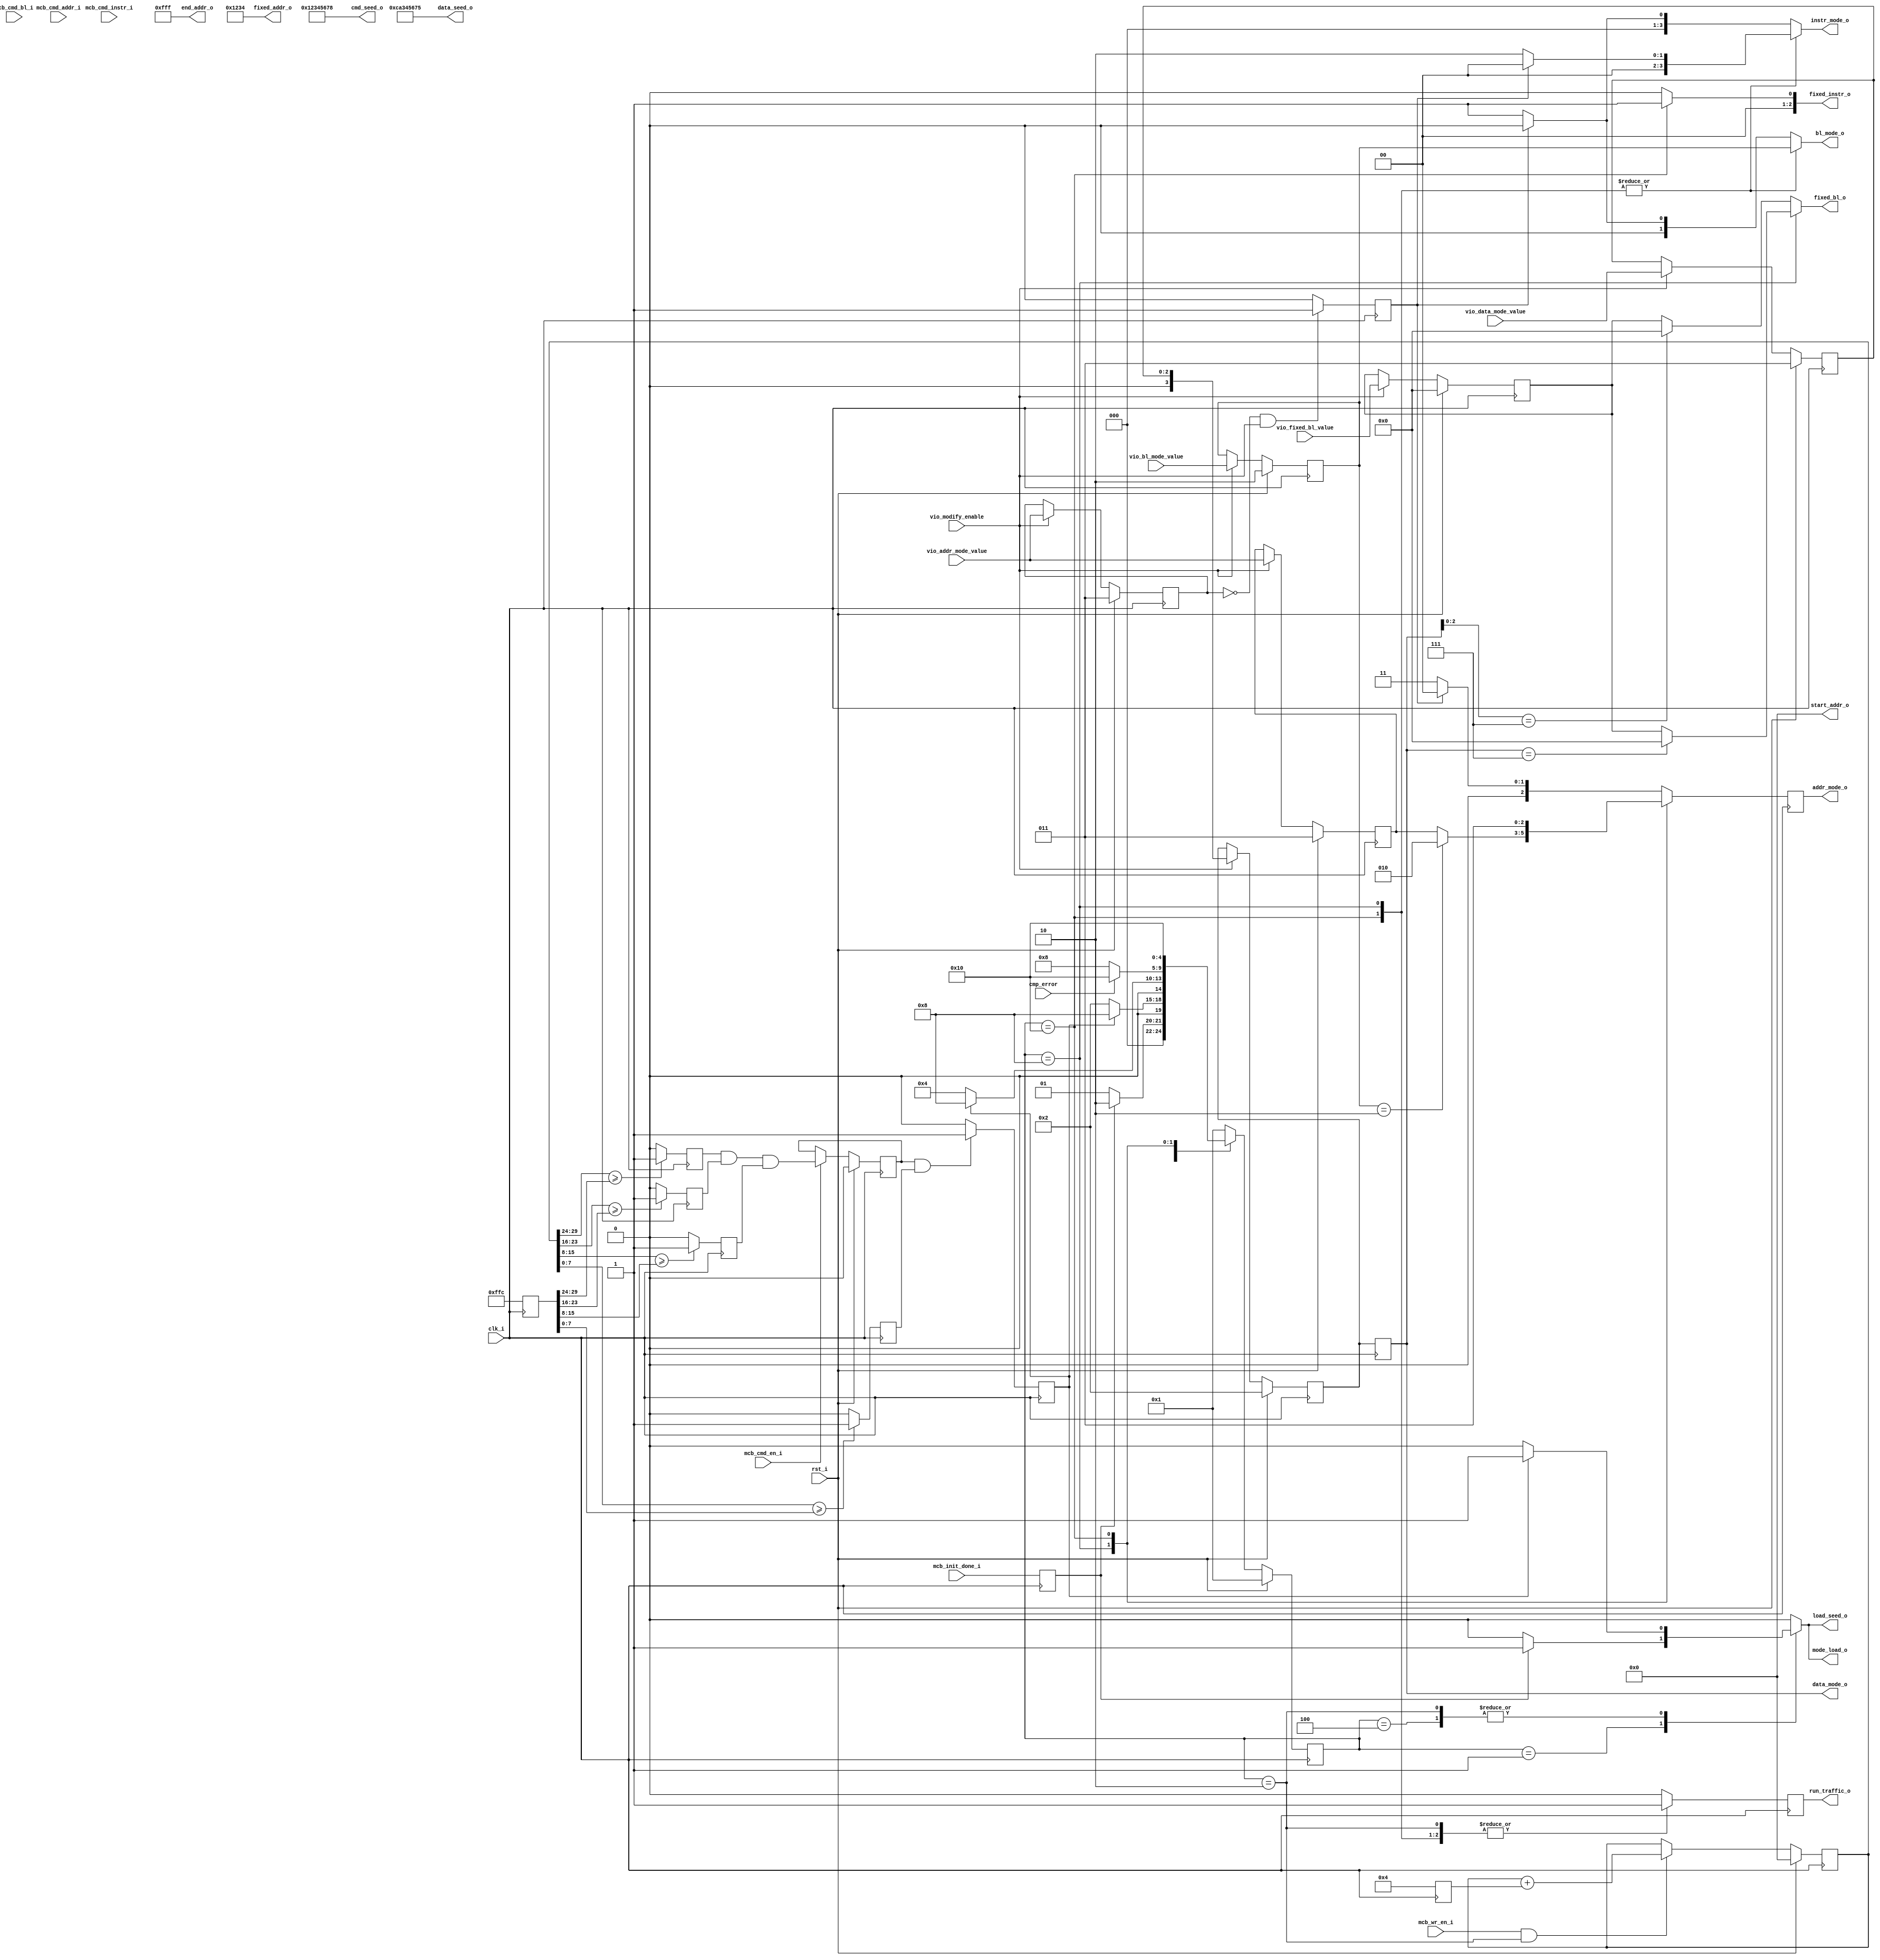
//*****************************************************************************
// (c) Copyright 2008-2009 Xilinx, Inc. All rights reserved.
//
// This file contains confidential and proprietary information
// of Xilinx, Inc. and is protected under U.S. and
// international copyright and other intellectual property
// laws.
//
// DISCLAIMER
// This disclaimer is not a license and does not grant any
// rights to the materials distributed herewith. Except as
// otherwise provided in a valid license issued to you by
// Xilinx, and to the maximum extent permitted by applicable
// law: (1) THESE MATERIALS ARE MADE AVAILABLE "AS IS" AND
// WITH ALL FAULTS, AND XILINX HEREBY DISCLAIMS ALL WARRANTIES
// AND CONDITIONS, EXPRESS, IMPLIED, OR STATUTORY, INCLUDING
// BUT NOT LIMITED TO WARRANTIES OF MERCHANTABILITY, NON-
// INFRINGEMENT, OR FITNESS FOR ANY PARTICULAR PURPOSE; and
// (2) Xilinx shall not be liable (whether in contract or tort,
// including negligence, or under any other theory of
// liability) for any loss or damage of any kind or nature
// related to, arising under or in connection with these
// materials, including for any direct, or any indirect,
// special, incidental, or consequential loss or damage
// (including loss of data, profits, goodwill, or any type of
// loss or damage suffered as a result of any action brought
// by a third party) even if such damage or loss was
// reasonably foreseeable or Xilinx had been advised of the
// possibility of the same.
//
// CRITICAL APPLICATIONS
// Xilinx products are not designed or intended to be fail-
// safe, or for use in any application requiring fail-safe
// performance, such as life-support or safety devices or
// systems, Class III medical devices, nuclear facilities,
// applications related to the deployment of airbags, or any
// other applications that could lead to death, personal
// injury, or severe property or environmental damage
// (individually and collectively, "Critical
// Applications"). Customer assumes the sole risk and
// liability of any use of Xilinx products in Critical
// Applications, subject only to applicable laws and
// regulations governing limitations on product liability.
//
// THIS COPYRIGHT NOTICE AND DISCLAIMER MUST BE RETAINED AS
// PART OF THIS FILE AT ALL TIMES.
//
//*****************************************************************************
//   ____  ____
//  /   /\/   /
// /___/  \  /    Vendor: Xilinx
// \   \   \/     Version: %version
//  \   \         Application: MIG
//  /   /         Filename: init_mem_pattern_ctr.v
// /___/   /\     Date Last Modified: $Date: 2010/11/26 18:25:40 $
// \   \  /  \    Date Created: Fri Sep 01 2006
//  \___\/\___\
//
//Device: Spartan6
//Design Name: DDR/DDR2/DDR3/LPDDR 
//Purpose: This moduel has a small FSM to control the operation of 
//         mcb_traffic_gen module.It first fill up the memory with a selected 
//         DATA pattern and then starts the memory testing state.
//Reference:
//Revision History: 1.1 Modify to allow data_mode_o to be controlled by parameter DATA_MODE
//                      and the fixed_bl_o is fixed at 64 if data_mode_o == PRBA and FAMILY == "SPARTAN6"
//                      The fixed_bl_o in Virtex6 is determined by the MEM_BURST_LENGTH.
//                  1.2 10-1-2009 Added parameter TST_MEM_INSTR_MODE to select instruction pattern during 
//                      memory testing phase.	   
//                  1.3    05/19/2010 If MEM_BURST_LEN value is passed with value of zero, it is treated as
//                                    "OTF" Burst Mode and TG will only generate BL 8 traffic.


//*****************************************************************************

`timescale 1ps/1ps





module init_mem_pattern_ctr #
  (
   parameter TCQ           = 100,  
   parameter FAMILY         = "SPARTAN6",      // VIRTEX6, SPARTAN6
   parameter TST_MEM_INSTR_MODE = "R_W_INSTR_MODE", // Spartan6 Available commands: 
                                                    // "FIXED_INSTR_R_MODE", "FIXED_INSTR_W_MODE"
                                                    // "R_W_INSTR_MODE", "RP_WP_INSTR_MODE 
                                                    // "R_RP_W_WP_INSTR_MODE", "R_RP_W_WP_REF_INSTR_MODE"
                                                    // Virtex 6 Available commands:
                                                    // "FIXED_INSTR_R_MODE" - Only Read commands will be generated.
                                                    // "FIXED_INSTR_W_MODE" -- Only Write commands will be generated.
                                                    // "R_W_INSTR_MODE"     - Random Read/Write commands will be generated.
   parameter MEM_BURST_LEN  = 8,                    // VIRTEX 6 Option. 
   parameter CMD_PATTERN    = "CGEN_ALL",           // "CGEN_ALL" option generates all available
                                                    // commands pattern.
   parameter BEGIN_ADDRESS  = 32'h00000000, 
   parameter END_ADDRESS  = 32'h00000fff,   
   parameter ADDR_WIDTH     = 30,
   parameter DWIDTH        = 32,
   parameter CMD_SEED_VALUE   = 32'h12345678,
   parameter DATA_SEED_VALUE  = 32'hca345675,
   parameter DATA_MODE     = 4'b0010,
   parameter PORT_MODE     = "BI_MODE", // V6 Option: "BI_MODE"; SP6 Option: "WR_MODE", "RD_MODE", "BI_MODE"
   parameter EYE_TEST      = "FALSE"  // set EYE_TEST = "TRUE" to probe memory signals.
                                      // Traffic Generator will only write to one single location and no
                                      // read transactions will be generated.
   
   )
  (
   input           clk_i,
   input           rst_i,
   
   input [ADDR_WIDTH-1:0]   mcb_cmd_addr_i,
   input [5:0]    mcb_cmd_bl_i,
   input          mcb_cmd_en_i,
   input [2:0]    mcb_cmd_instr_i,        
   input          mcb_wr_en_i,
   input          vio_modify_enable,            // 0: default to ADDR as DATA PATTERN. No runtime change in data mode.
                                                // 1: enable exteral VIO to control the data_mode pattern
                                                //    and address mode pattern during runtime.
   input [2:0]    vio_data_mode_value,
   input [2:0]    vio_addr_mode_value,
   input [1:0]    vio_bl_mode_value,
   input [5:0]    vio_fixed_bl_value,  // valid range is:  from 1 to 64.
   
   input           mcb_init_done_i,
   input           cmp_error,
   output reg          run_traffic_o,
  // runtime parameter
   output [31:0]             start_addr_o,   // define the start of address
   output [31:0]             end_addr_o,
   output [31:0]             cmd_seed_o,    // same seed apply to all addr_prbs_gen, bl_prbs_gen, instr_prbs_gen
   output [31:0]             data_seed_o,
   output  reg                  load_seed_o,   // 
   // upper layer inputs to determine the command bus and data pattern
   // internal traffic generator initialize the memory with 
   output reg [2:0]              addr_mode_o,  // "00" = bram; takes the address from bram output
                                          // "001" = fixed address from the fixed_addr input
                                          // "010" = psuedo ramdom pattern; generated from internal 64 bit LFSR
                                          // "011" = sequential
  
  
  // for each instr_mode, traffic gen fill up with a predetermined pattern before starting the instr_pattern that defined
  // in the instr_mode input. The runtime mode will be automatically loaded inside when it is in 
   output reg [3:0]              instr_mode_o, // "0000" = Fixed
                                              // "0001" = bram; takes instruction from bram output
                                              // "0010" = R/W
                                              // "0011" = RP/WP
                                              // "0100" = R/RP/W/WP
                                              // "0101" = R/RP/W/WP/REF
                                       
                                        
   output reg [1:0]              bl_mode_o,    // "00" = bram;   takes the burst length from bram output
                                        // "01" = fixed , takes the burst length from the fixed_bl input
                                        // "10" = psuedo ramdom pattern; generated from internal 16 bit LFSR
   
   output reg [3:0]              data_mode_o,   // "00" = bram; 
                                         // "01" = fixed data from the fixed_data input
                                         // "10" = psuedo ramdom pattern; generated from internal 32 bit LFSR
                                         // "11" = sequential using the addrs as the starting data pattern
   output reg                   mode_load_o,
 
   // fixed pattern inputs interface
   output reg [5:0]              fixed_bl_o,      // range from 1 to 64
   output reg [2:0]              fixed_instr_o,   //RD              3'b001
                                            //RDP             3'b011
                                            //WR              3'b000
                                            //WRP             3'b010
                                            //REFRESH         3'b100
   output  [31:0]             fixed_addr_o // only upper 30 bits will be used
   
  );

   //FSM State Defination
parameter IDLE           = 5'b00001,
          INIT_MEM_WRITE = 5'b00010,
          INIT_MEM_READ  = 5'b00100,
          TEST_MEM       = 5'b01000,
          CMP_ERROR      = 5'b10000;


localparam BRAM_ADDR       = 2'b00;
localparam FIXED_ADDR      = 2'b01;
localparam PRBS_ADDR       = 2'b10;
localparam SEQUENTIAL_ADDR = 2'b11;

localparam  BRAM_INSTR_MODE        =    4'b0000;
localparam  FIXED_INSTR_MODE         =   4'b0001;
localparam  R_W_INSTR_MODE          =   4'b0010;
localparam  RP_WP_INSTR_MODE        =   4'b0011;
localparam R_RP_W_WP_INSTR_MODE     =   4'b0100;
localparam R_RP_W_WP_REF_INSTR_MODE =   4'b0101;
                                     
localparam BRAM_BL_MODE          =   2'b00;
localparam FIXED_BL_MODE         =   2'b01;
localparam PRBS_BL_MODE          =   2'b10;

localparam BRAM_DATAL_MODE       =    4'b0000;
localparam FIXED_DATA_MODE       =    4'b0001;
localparam ADDR_DATA_MODE        =    4'b0010;                                     
localparam HAMMER_DATA_MODE      =    4'b0011;
localparam NEIGHBOR_DATA_MODE    =    4'b0100;
localparam WALKING1_DATA_MODE    =    4'b0101;
localparam WALKING0_DATA_MODE    =    4'b0110;
localparam PRBS_DATA_MODE        =    4'b0111;

// type fixed instruction
localparam  RD_INSTR       =  3'b001;
localparam  RDP_INSTR      =  3'b011;
localparam  WR_INSTR       =  3'b000;

localparam  WRP_INSTR      =  3'b010;
localparam  REFRESH_INSTR  =  3'b100;
localparam  NOP_WR_INSTR   =  3'b101;


reg [4:0] current_state;
reg [4:0] next_state;
reg       mcb_init_done_reg;
reg AC2_G_E2,AC1_G_E1,AC3_G_E3;
reg upper_end_matched;
reg [31:0] end_boundary_addr;     
reg [31:0] mcb_cmd_addr_r;

reg mcb_cmd_en_r;
//reg [ADDR_WIDTH-1:0] mcb_cmd_addr_r;
reg [5:0] mcb_cmd_bl_r;
reg lower_end_matched;   
reg end_addr_reached;
reg run_traffic;
reg bram_mode_enable;
wire tst_matched;
reg [31:0] current_address;
reg [5:0]  fix_bl_value;
reg [3:0] data_mode_sel;
reg [2:0] addr_mode_sel;
reg [1:0] bl_mode_sel;
reg [2:0] addr_mode;
reg [10:0] INC_COUNTS;
wire [5:0] FIXEDBL;
wire [3:0] test_mem_instr_mode;

assign test_mem_instr_mode = (TST_MEM_INSTR_MODE == "BRAM_INSTR_MODE")               ? 4'b0000:
                             (TST_MEM_INSTR_MODE == "FIXED_INSTR_R_MODE"  ||
                              TST_MEM_INSTR_MODE == "FIXED_INSTR_W_MODE")              ? 4'b0001:
                             (TST_MEM_INSTR_MODE == "R_W_INSTR_MODE")                                    ? 4'b0010:
                             (TST_MEM_INSTR_MODE == "RP_WP_INSTR_MODE"         && FAMILY == "SPARTAN6")  ? 4'b0011:
                             (TST_MEM_INSTR_MODE == "R_RP_W_WP_INSTR_MODE"     && FAMILY == "SPARTAN6")  ? 4'b0100:
                             (TST_MEM_INSTR_MODE == "R_RP_W_WP_REF_INSTR_MODE" && FAMILY == "SPARTAN6")  ? 4'b0101:
                             4'b0010;




assign FIXEDBL = 64; // This is fixed for current Spartan 6 Example Design














generate
if (FAMILY == "SPARTAN6" ) begin : INC_COUNTS_S
    
always @ (posedge clk_i)
    INC_COUNTS <= (DWIDTH/8);
    
end
endgenerate






generate
if (FAMILY == "VIRTEX6" ) begin : INC_COUNTS_V
always @ (posedge clk_i)
begin
if ( (DWIDTH >= 256 && DWIDTH <= 576))          // 64  144
     INC_COUNTS <= 32  ;
else if ((DWIDTH >= 128) && (DWIDTH <= 224))    // 32 dq pins or 566 dq pins
     INC_COUNTS <= 16     ;
else if ((DWIDTH == 64) || (DWIDTH == 96))      // 16 dq pins or 24 dqpins
     INC_COUNTS <= 8  ;
else if ((DWIDTH == 32) )      // 8 dq pins 
     INC_COUNTS <= 4 ;
end
end
endgenerate


always @ (posedge clk_i)
begin
if (rst_i)
    current_address <= BEGIN_ADDRESS;
else if (mcb_wr_en_i && (current_state == INIT_MEM_WRITE && (PORT_MODE == "WR_MODE" || PORT_MODE == "BI_MODE"))
         || (mcb_wr_en_i && (current_state == IDLE && PORT_MODE == "RD_MODE")) )
    current_address <= current_address + INC_COUNTS;
else
    current_address <= current_address;

end    


always @ (posedge clk_i)
begin
  if (current_address[29:24] >= end_boundary_addr[29:24])
      AC3_G_E3 <= 1'b1;
  else
      AC3_G_E3 <= 1'b0;
  
  
    if (current_address[23:16] >= end_boundary_addr[23:16])
      AC2_G_E2 <= 1'b1;
  else
      AC2_G_E2 <= 1'b0;
  
  if (current_address[15:8] >= end_boundary_addr[15:8])
      AC1_G_E1 <= 1'b1;
else
      AC1_G_E1 <= 1'b0;
  
  
end
always @(posedge clk_i)
begin
if (rst_i)
     upper_end_matched <= 1'b0;
 
 else if (mcb_cmd_en_i)
     upper_end_matched <= AC3_G_E3 & AC2_G_E2 & AC1_G_E1;
end   

wire [6:0] FIXED_BL_VALUE;
assign FIXED_BL_VALUE = (FAMILY == "VIRTEX6" && (MEM_BURST_LEN == 8 || MEM_BURST_LEN == 0)) ? 2 :
                        (FAMILY == "VIRTEX6" && MEM_BURST_LEN == 4) ? 1 :
                         FIXEDBL;

always @(posedge clk_i)
begin
//   end_boundary_addr <= (END_ADDRESS[31:0] - (DWIDTH/8)*FIXEDBL +1) ;
     end_boundary_addr <= (END_ADDRESS[31:0] - (DWIDTH/8) +1) ;

end   



always @(posedge clk_i)
begin
  if (current_address[7:0] >= end_boundary_addr[7:0])

   lower_end_matched <= 1'b1;
  else
   lower_end_matched <= 1'b0;
  
end   


always @(posedge clk_i)
begin
  if (mcb_cmd_en_i )
   mcb_cmd_addr_r <= mcb_cmd_addr_i;
end   


always @(posedge clk_i)
begin
  if (mcb_cmd_en_i)
   mcb_cmd_bl_r <= mcb_cmd_bl_i;
end   

always @(posedge clk_i)
begin
   if ((upper_end_matched && lower_end_matched && FAMILY == "SPARTAN6" && DWIDTH == 32) ||
      (upper_end_matched && lower_end_matched && FAMILY == "SPARTAN6" && DWIDTH == 64) ||   
      (upper_end_matched && DWIDTH == 128 && FAMILY == "SPARTAN6") ||
      (upper_end_matched && lower_end_matched && FAMILY == "VIRTEX6"))
      end_addr_reached <= 1'b1;
   else    
      end_addr_reached <= 1'b0;

end 

 
assign tst_matched = upper_end_matched & lower_end_matched;

assign   fixed_addr_o = 32'h00001234;



 always @ (posedge clk_i)
 begin
      mcb_init_done_reg <= mcb_init_done_i;
end

 always @ (posedge clk_i)
       run_traffic_o <= run_traffic;


 
 always @ (posedge clk_i)
 begin
    if (rst_i)
        current_state <= 5'b00001;
    else
        current_state <= next_state;
 end

   assign          start_addr_o  = BEGIN_ADDRESS;//BEGIN_ADDRESS;
   assign          end_addr_o    = END_ADDRESS;
   assign          cmd_seed_o    = CMD_SEED_VALUE;
   assign          data_seed_o   = DATA_SEED_VALUE;


reg [2:0] syn1_vio_data_mode_value;
reg [2:0] syn1_vio_addr_mode_value;


 always @ (posedge clk_i)
 begin
   if (rst_i) begin
        syn1_vio_data_mode_value <= 3'b011;
        syn1_vio_addr_mode_value <= 2'b11;
       end        
 else if (vio_modify_enable == 1'b1) begin
   syn1_vio_data_mode_value <= vio_data_mode_value;
   syn1_vio_addr_mode_value <= vio_addr_mode_value;
   end
 end
 

 always @ (posedge clk_i)
 begin
 if (rst_i) begin
       data_mode_sel <= DATA_MODE;//ADDR_DATA_MODE;
       addr_mode_sel <= 2'b11;
       end
 else if (vio_modify_enable == 1'b1) begin
       data_mode_sel <= syn1_vio_data_mode_value[2:0];
       addr_mode_sel <= vio_addr_mode_value;
       end
 end

 always @ (posedge clk_i)
 begin
 if (rst_i  || FAMILY == "VIRTEX6") 
       fix_bl_value <= FIXED_BL_VALUE;//ADDR_DATA_MODE;

 else if (vio_modify_enable == 1'b1) begin
       fix_bl_value <= vio_fixed_bl_value;
       end
 end

 always @ (posedge clk_i)
 begin
 if (rst_i || (FAMILY == "VIRTEX6")) 
      if  (FAMILY == "VIRTEX6")
         bl_mode_sel <= FIXED_BL_MODE;
      else
       bl_mode_sel <= PRBS_BL_MODE;
 else if (vio_modify_enable == 1'b1) begin
       bl_mode_sel <= vio_bl_mode_value;
       end
 end





always @ (posedge clk_i)
begin
    data_mode_o   <= data_mode_sel;
    addr_mode_o   <= addr_mode;
    
    // assuming if vio_modify_enable is enabled and vio_addr_mode_value is set to zero
    // user wants to have bram interface.
    if (syn1_vio_addr_mode_value == 0 && vio_modify_enable == 1'b1)
        bram_mode_enable <=  1'b1;
    else
        bram_mode_enable <=  1'b0;
    
 end
 

always @ (*)
begin
             load_seed_o   = 1'b0;
             if (CMD_PATTERN == "CGEN_BRAM" || bram_mode_enable )
                 addr_mode = 'b0;
             else
                 addr_mode   = SEQUENTIAL_ADDR;

             if (CMD_PATTERN == "CGEN_BRAM" || bram_mode_enable )
                 instr_mode_o = 'b0;
             else
                 instr_mode_o   = FIXED_INSTR_MODE;


             if (CMD_PATTERN == "CGEN_BRAM" || bram_mode_enable )
                 bl_mode_o = 'b0;
             else
                 bl_mode_o   = FIXED_BL_MODE;

           
             
             if (FAMILY == "VIRTEX6")
                 fixed_bl_o = FIXED_BL_VALUE;
                                                 // PRBS mode
             else if (data_mode_o[2:0] == 3'b111 && FAMILY == "SPARTAN6")
                 fixed_bl_o = 64;  // Our current PRBS algorithm wants to maximize the range bl from 1 to 64.
             else
                  fixed_bl_o    = fix_bl_value;
                 
                 
                 
             mode_load_o   = 1'b0;
             run_traffic = 1'b0;   
             next_state = IDLE;

             if (PORT_MODE == "RD_MODE") begin
               fixed_instr_o = RD_INSTR;
             end
              else if( PORT_MODE == "WR_MODE" || PORT_MODE == "BI_MODE") begin
               fixed_instr_o = WR_INSTR;
             end
             
case(current_state)
   IDLE:  
        begin
         if(mcb_init_done_reg )   //rdp_rdy_i comes from read_data path
            begin
              if (PORT_MODE == "WR_MODE" || PORT_MODE == "BI_MODE") begin
                 next_state = INIT_MEM_WRITE;
              mode_load_o = 1'b1;
              run_traffic = 1'b0;
              load_seed_o   = 1'b1;
             end
              else if (PORT_MODE == "RD_MODE" && end_addr_reached) begin
                    next_state = TEST_MEM;
                    mode_load_o = 1'b1;
                    run_traffic = 1'b1;
              load_seed_o   = 1'b1;
                    
              end
            end
         else
              begin
              next_state = IDLE;
              run_traffic = 1'b0;
              load_seed_o   = 1'b0;
              
              end
         
         end
   INIT_MEM_WRITE:  begin
   
         if (end_addr_reached  && EYE_TEST == "FALSE"  )
            begin
               next_state = TEST_MEM;
               mode_load_o = 1'b1;
               load_seed_o   = 1'b1;
               run_traffic = 1'b1;
               
            end   
          else
             begin
               next_state = INIT_MEM_WRITE;
              run_traffic = 1'b1; 
              mode_load_o = 1'b0;
              load_seed_o   = 1'b0;
              if (EYE_TEST == "TRUE")  
                addr_mode   = FIXED_ADDR;
              else if (CMD_PATTERN == "CGEN_BRAM" || bram_mode_enable )
                addr_mode = 'b0;
              else
                addr_mode   = SEQUENTIAL_ADDR;
              
             end  
         
        end
      
   INIT_MEM_READ:  begin
   
         if (end_addr_reached  )
            begin
               next_state = TEST_MEM;
               mode_load_o = 1'b1;
              load_seed_o   = 1'b1;
               
            end   
          else
             begin
               next_state = INIT_MEM_READ;
              run_traffic = 1'b0; 
              mode_load_o = 1'b0;
              load_seed_o   = 1'b0;
              
             end  
         
        end
   TEST_MEM: begin  
         if (cmp_error)
               next_state = CMP_ERROR;
               
         else
           next_state = TEST_MEM;
           run_traffic = 1'b1;
       

           if (PORT_MODE == "BI_MODE" && TST_MEM_INSTR_MODE == "FIXED_INSTR_W_MODE")
                fixed_instr_o = WR_INSTR;
           else if (PORT_MODE == "BI_MODE" && TST_MEM_INSTR_MODE == "FIXED_INSTR_R_MODE")
                fixed_instr_o = RD_INSTR;                
           else if (PORT_MODE == "RD_MODE")
              fixed_instr_o = RD_INSTR;
           
           else if( PORT_MODE == "WR_MODE") 
              fixed_instr_o = WR_INSTR;
           
        
             if (FAMILY == "VIRTEX6")
                 fixed_bl_o = fix_bl_value;
             else if ((data_mode_o == 3'b111) && (FAMILY == "SPARTAN6"))
                 fixed_bl_o = 64;  // Our current PRBS algorithm wants to maximize the range bl from 1 to 64.
             else
            fixed_bl_o    = fix_bl_value;
                 
           bl_mode_o     = bl_mode_sel;//FIXED_BL_MODE;//PRBS_BL_MODE;//PRBS_BL_MODE; //FIXED_BL_MODE;

              if (bl_mode_o == PRBS_BL_MODE)  
                addr_mode   = PRBS_ADDR;
              else
                addr_mode   = addr_mode_sel;

           
           
           if(PORT_MODE == "BI_MODE") begin
               if(CMD_PATTERN == "CGEN_BRAM" || bram_mode_enable )
                   instr_mode_o  = BRAM_INSTR_MODE;
               else
                   instr_mode_o  = test_mem_instr_mode;//R_RP_W_WP_REF_INSTR_MODE;//FIXED_INSTR_MODE;//R_W_INSTR_MODE;//R_RP_W_WP_INSTR_MODE;//R_W_INSTR_MODE;//R_W_INSTR_MODE; //FIXED_INSTR_MODE;//
              end
           else if (PORT_MODE == "RD_MODE" || PORT_MODE == "WR_MODE") begin
               instr_mode_o  = FIXED_INSTR_MODE;
           end
              
         end
   
   
   

   
   CMP_ERROR: 
        begin
               next_state = CMP_ERROR;
               bl_mode_o     = bl_mode_sel;//PRBS_BL_MODE;//PRBS_BL_MODE; //FIXED_BL_MODE;
               fixed_instr_o = RD_INSTR;
               addr_mode   = SEQUENTIAL_ADDR;//PRBS_ADDR;//PRBS_ADDR;//PRBS_ADDR;//SEQUENTIAL_ADDR;   
               if(CMD_PATTERN == "CGEN_BRAM" || bram_mode_enable )
                   instr_mode_o  = BRAM_INSTR_MODE;//
               else
                   instr_mode_o  = test_mem_instr_mode;//FIXED_INSTR_MODE;//R_W_INSTR_MODE;//R_RP_W_WP_INSTR_MODE;//R_W_INSTR_MODE;//R_W_INSTR_MODE; //FIXED_INSTR_MODE;//
               
               run_traffic = 1'b1;       // ?? keep it running or stop if error happened

        end
   default:
          begin
            next_state = IDLE;       
           //run_traffic = 1'b0;              

        end
  
 endcase
 end




endmodule